Bréfritari: Sigríður Pálsdóttir
Viðtakandi: Páll Pálsson
Dagsetning: A-1850-03-05
Skrifað á: Hraungerði  Árn.
Páll var bróðir Sigríðar

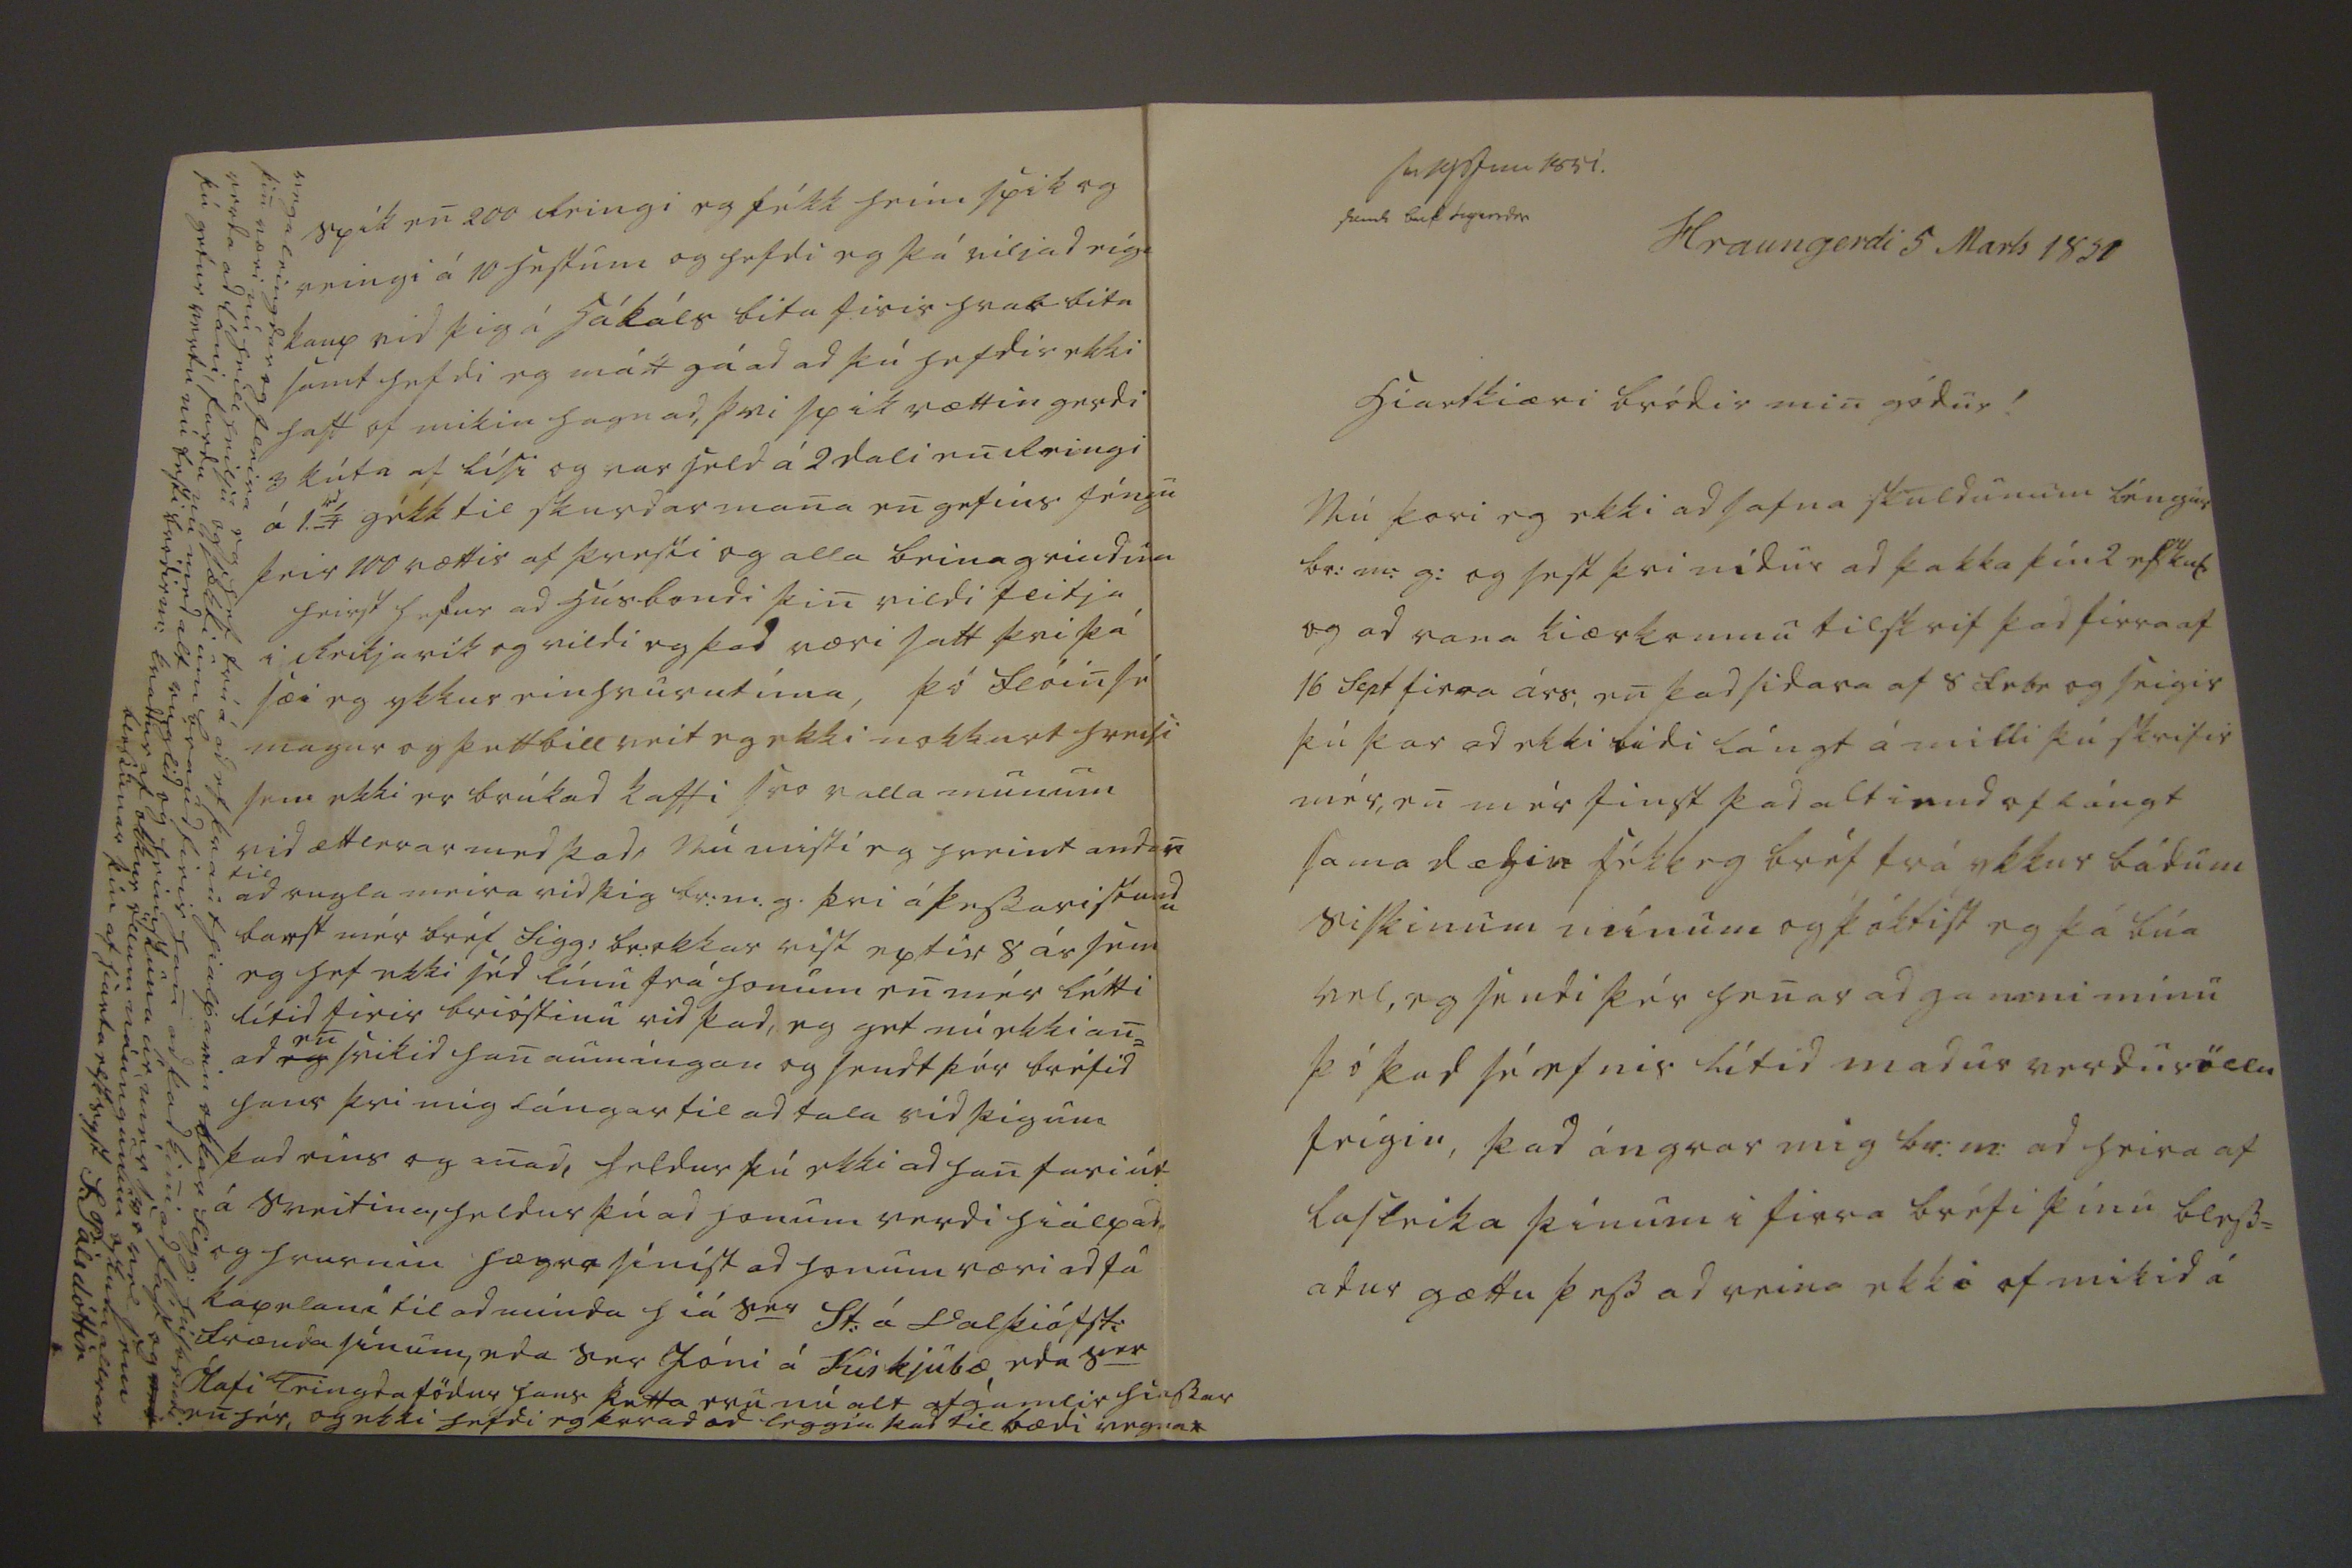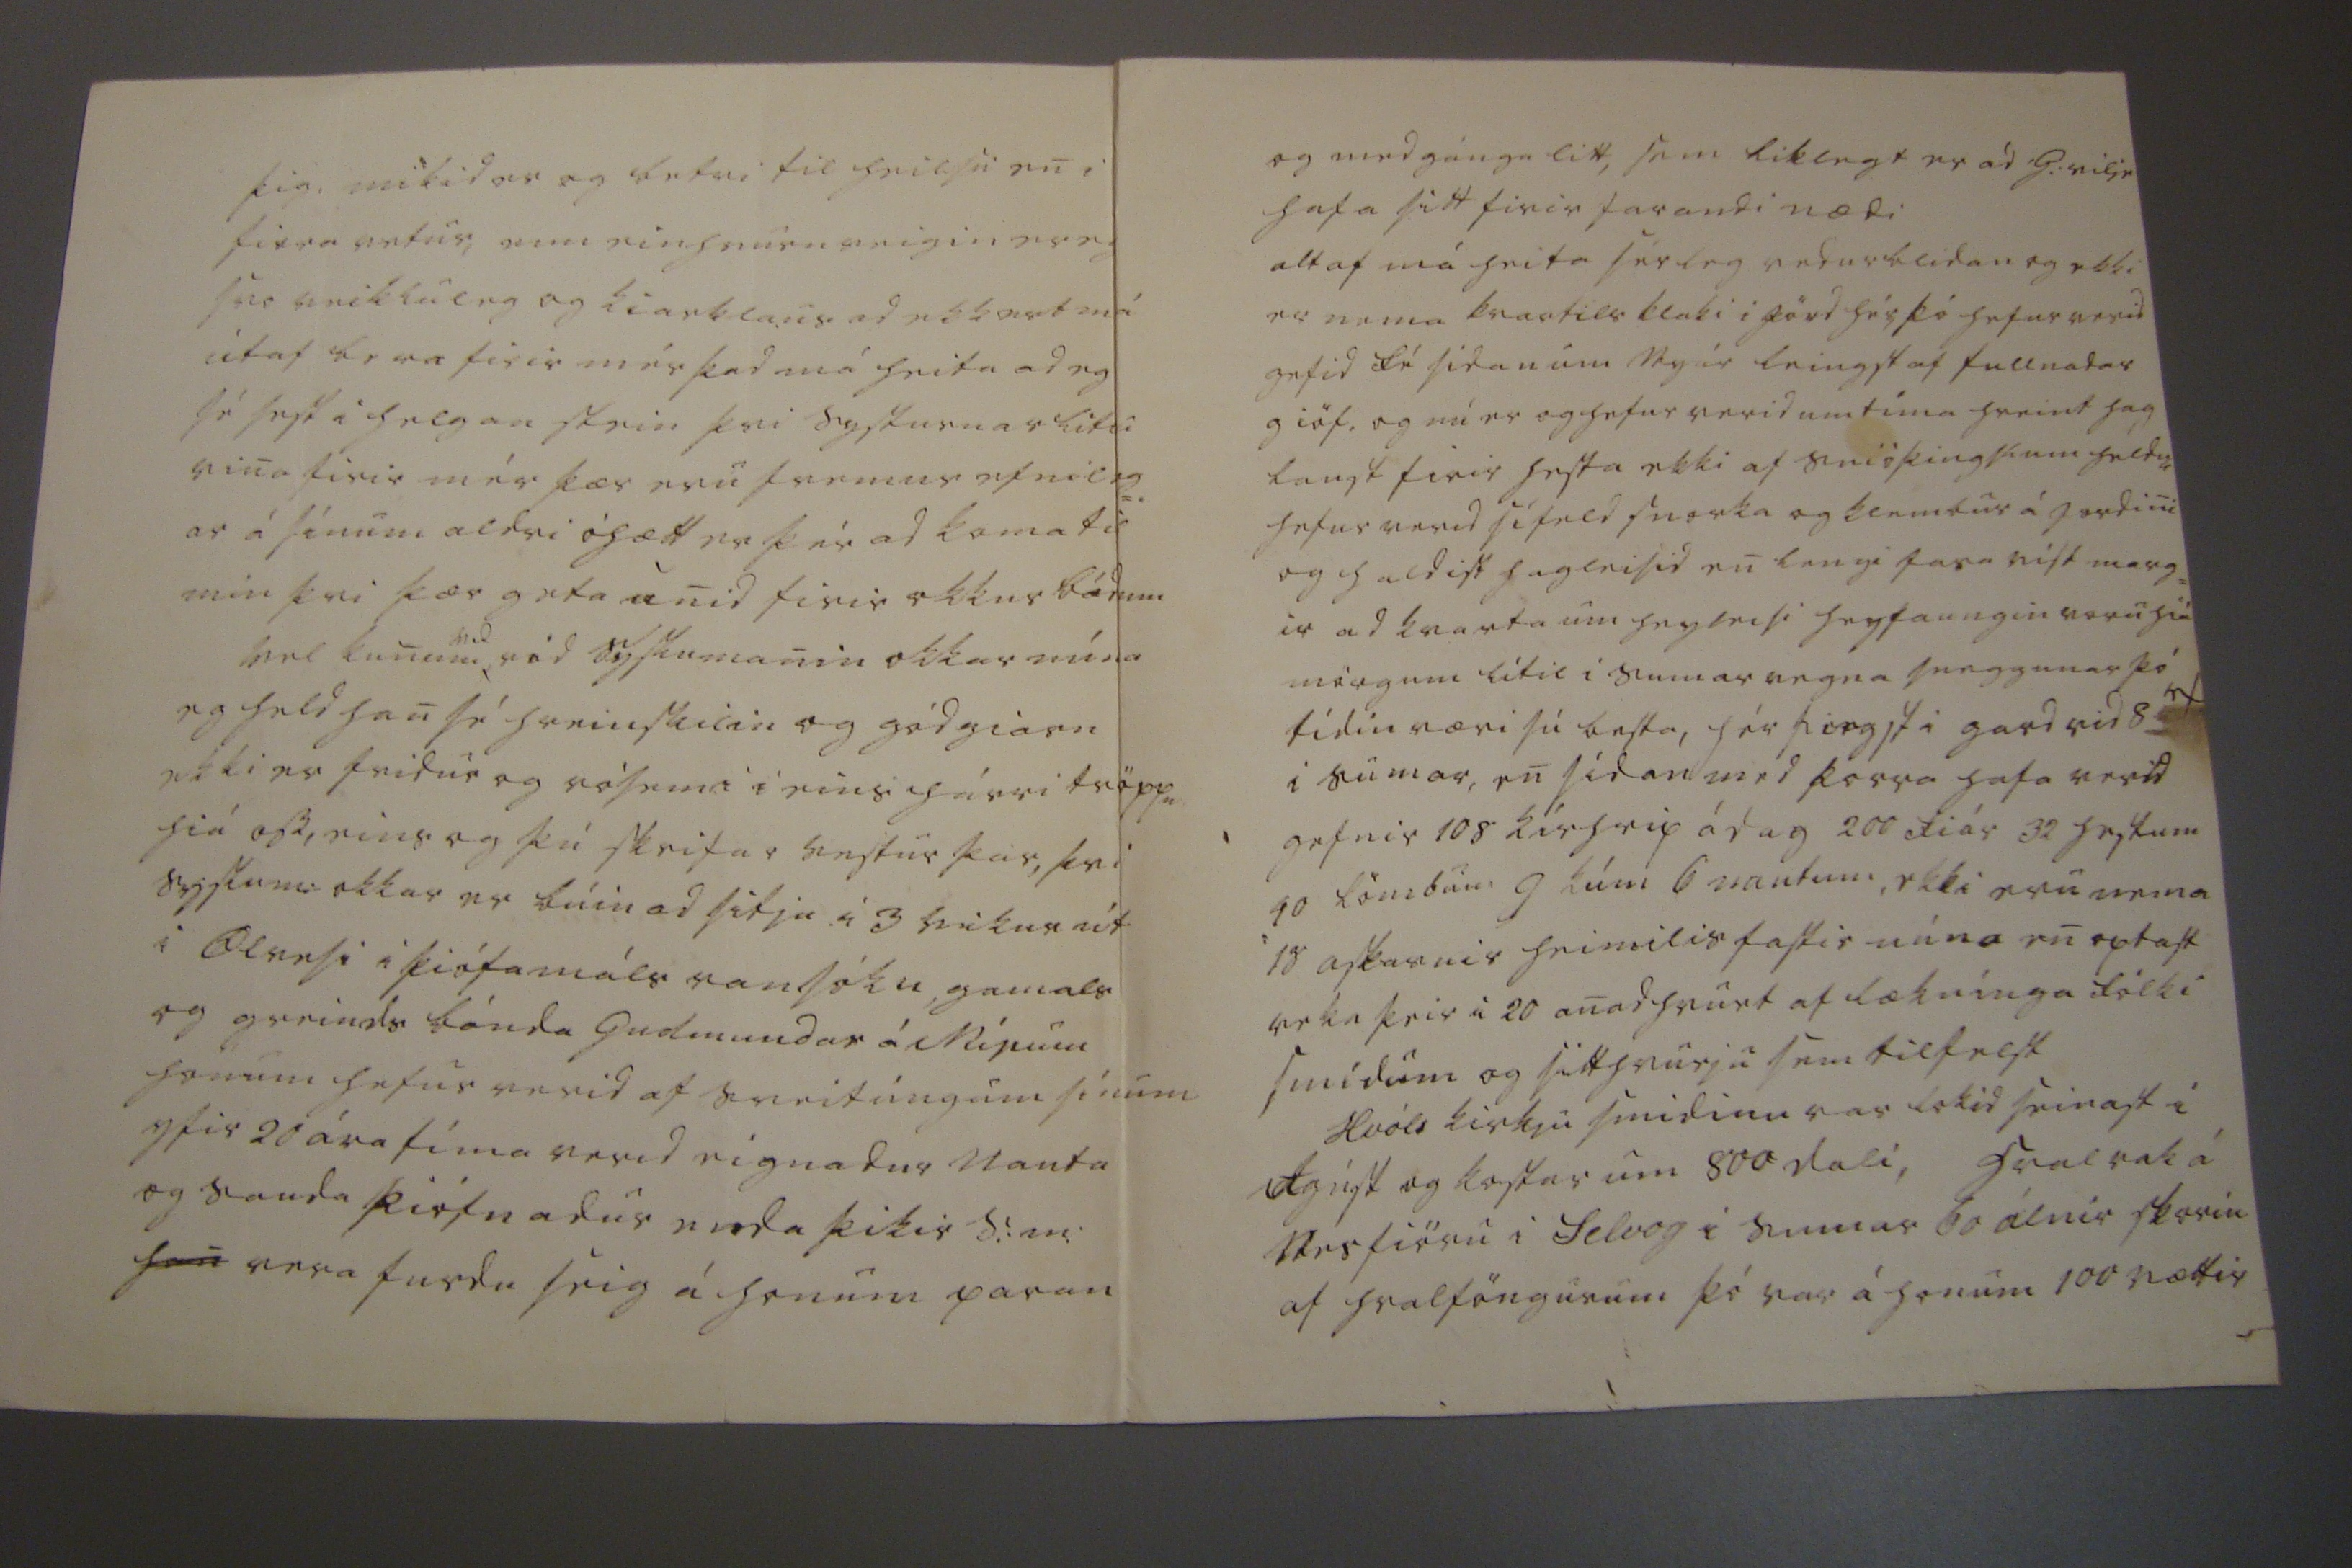

sv 19 juni 1851
send b00 0igindr
Hraungerdi 5 Marts 1851
Hiartkiæri bródir min gódur !
Nú þori eg ekki ad safna skuldunum léngur br: m: g: og sest þvi nidur ad þakka þín 2 elskul: og ad vana kiærkomnu tilskrif þad firra af 16 Sept firra árs, en þad sidara af 8 febr og seigir þú þar ad ekki bídi lángt á milli þú skrifir mér, en mér finst þad altiend of lángt sama dægin fékk eg bréf frá ykkur bádum siskinum mínum og þóktist eg þá búa vel, eg sendi þér henar ad gamni mínu þó þad sé efnis lítid madur verudr öllu feigin, þad ángrar mig br: m: ad heira af lasleika þínum i firra bréfi þínu bless= adur gættu þess ad reina ekki of mikid á
þig, mikid er eg betri til heilsu en i firra vetur, enn einhvurn veigin er eg svo veikluleg og kiarklaus ad ekkert má útaf bera firir mér þad má heita ad eg sé sest i helgan stein þvi systurnar litu vina firir mér þær eru fremur efnileg= ar á sínum aldri óhætt er þér ad koma til mín þvi þær geta unid firir okkur bádum Vel kunum
vid
vid syslumanin okkar núna eg held han sé hreinskilin og gódgiarn ekki er fridur og rósemi i eins hárri tröppu hiá oss, eins og þú skrifar vestur þar, þvi syslum: okkar er búin ad sitja i 3 vikur út i Ölv
e
si i þiófamáls ransóku, gamals og greinds bónda Gudmundar á
Mírum
honum hefur verid af sveitúngum sínum yfir 20 ára tíma verid af eignadur nauta og sauda þiófnadur enda þikir S:m:
han
vera furdu seig á honum paran
og medgánga litt, sem liklegt er ad G: vilje hafa sitt firir farandi nædi altaf má heita sérleg vedurblídan og ekki er nema kvartils klaki i jörd hér þó hefur verid gefid fé sídan um Nyár leingst af fullnadar giöf, og nú er og hefur verid um tíma hreint hag laust firir hesta ekki af snióþingslum heldur hefur verid sifeld snorka og klembur á jordini og haldist hagleisid en lengi fara víst marg= ir ad kvarta um heyleisi heyfaungin voru hiá mörgum lítil i sumar vegna sneggunar þó tídin væri sú besta, hér fiegst i gard vid 8
0f
i sumar, en sídan med þorra hafa verid gefnir 108 kírhrip á dag 200 fiár 32 hestum 40 lömbum 9 kúm 6 nautum, ekki eru nema 18 askarnir heimilisfastir núna en optast reka þeir i 20 anadhvurt af læknínga fólki smídum og sitthvurju sem tilfelst Hvóls kirkju smidinn var lokid seinast i Agúst og kostar um 800 dali, hvalrak á Nésfiöru i Selvog i sumar 60 álnir skorin af hvalföngurum þó var á honum 100 vættir
spik en 200 Reingi eg fékk heim spik og reingi á 10 hestum og hefdi eg þá viljad eiga kaup vid þig á 5
ákáls
bita firir hval bita samt hefdi eg mátt gá ad þú hefdir ekki haft of mikin hagnad, þvi spikvættin gerdi 3 kúta af lísi og var held á 2 dali en Reingi á 1.
rd
í
gékk til skurdarmana en gefins féngu þeir 100 vættir af þreski og alla beinagrindina heirst hefur ad húsbondi þin vildi flitja i Reikjavík og vildi eg þad væri satt þvi þá sæi eg ykkur einhvurntíma, þó flóin sé magur og þettbill veit eg ekki nokkurt hreisi sem ekki er brúkad kaffi svo valla munum vid ætt
lerar
med þad, Nú misti eg hreint andan
til
ad rugla meira vid þig br:m.g. þvi á þessari stundu barst mér bréf Sigg: br: okkar vist eptir 8 ár sem eg hef ekki séd línu frá honum en mér létti lítid firir brióstinu vid þad, eg get nú ekki an= ad
eg
en
svikid han aumíngan og sendt þér bréfid hans þvi mig lángar til ad tala vid þig um þad eins og anad, heldur þú ekki ad han fari út á sveitina, heldur þú ad honum verdi hiálpad og hvurnin
hægra
sínist ad honum væri ad fá kapelani til ad minda hiá S
er
St: á Valþiófst: frænda sínum, eda Ser Jóni á Kirkjubæ, eda S
er
Ólafi Teingdafödur hans þetta eru nú alt ofgamlir h
iassar
en hér, og ekki hefdi eg þarad ad leggja þa til bædi vegna*
vega leingdar og fleira eg hef trú á ad ef þrauthialparin okkar Sigg: húsbondi þin væri nú heill heilsu og sækti um braud firir han ad þad kini ad fást og
veit
verda ad láni, fardu nú med alt rúglid og heimskuna úr mér svo vel sem þú getur vertu nú besti bródir m: kvaddur af okkur öllum náungunum oskum allrar blessunar þín af hiarta elsk syst S: Pálsdóttir